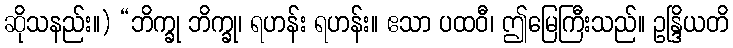
ဆိုသနည်း။) “ဘိက္ခု ဘိက္ခု၊ ရဟန်း ရဟန်း။ ဧသာ ပထဝီ၊ ဤမြေကြီးသည်။ ဥန္ဒြိယတိ